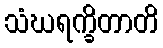
သံဃရက္ခိတာတိ